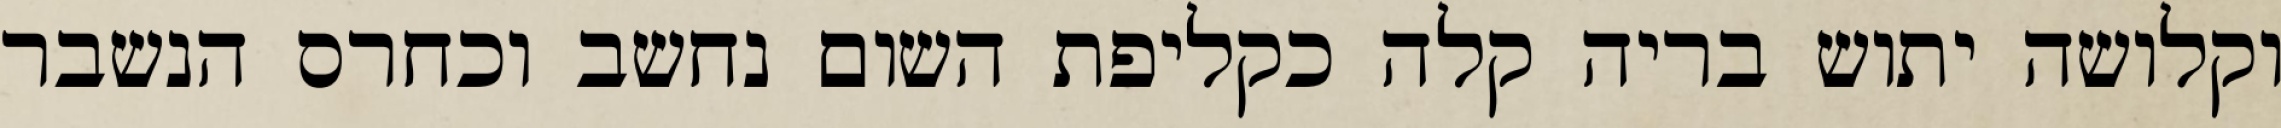
וקלושה יתוש בריה קלה כקליפת השום נחשב וכחרס הנשבר